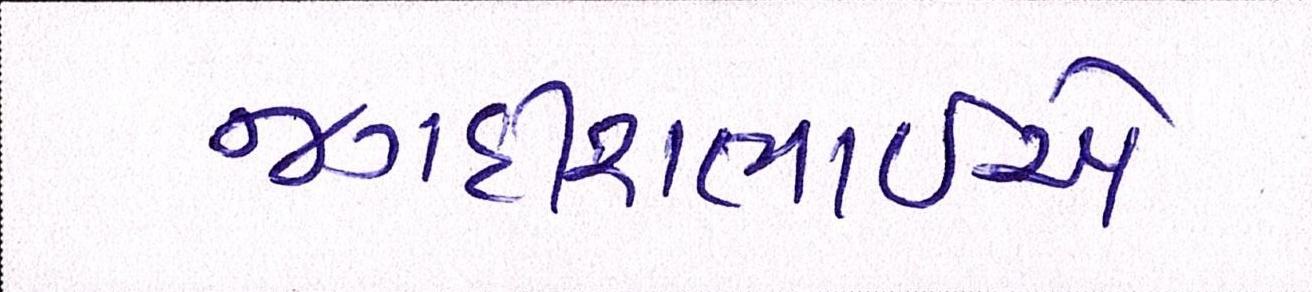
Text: જગદીશભાઇએ